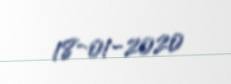
18-01-2020